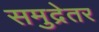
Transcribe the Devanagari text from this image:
समुद्रेतर